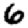
Digit: 6